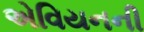
એવિયનની